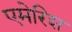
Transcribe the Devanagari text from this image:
एमेरिश